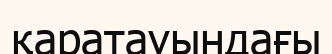
қаратауындағы